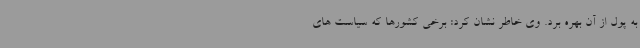
به پول از آن بهره برد. وی خاطر نشان کرد: برخی کشورها که سیاست های